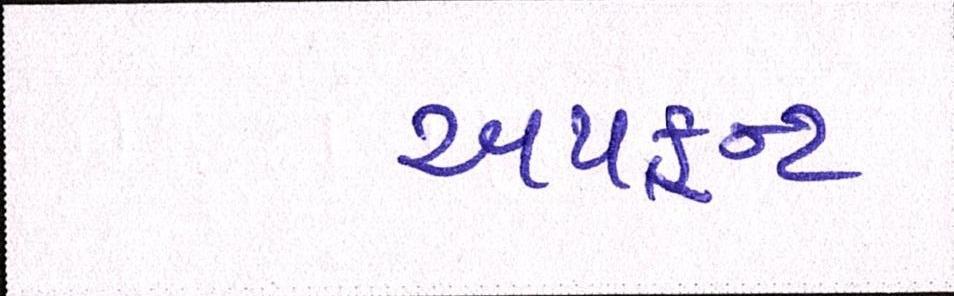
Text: અપફ્રન્ટ